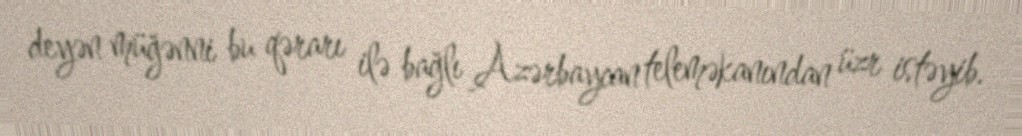
deyən müğənni bu qərarı ilə bağlı Azərbaycan teleməkanından üzr istəyib.